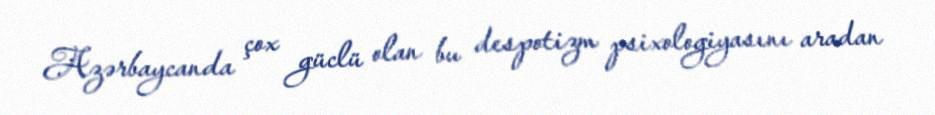
Azərbaycanda çox güclü olan bu despotizm psixologiyasını aradan